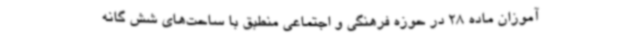
آموزان ماده 28 در حوزه فرهنگی و اجتماعی منطبق با ساحت‌های شش گانه